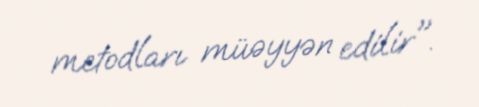
metodları müəyyən edilir".